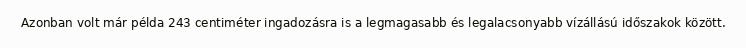
Azonban volt már példa 243 centiméter ingadozásra is a legmagasabb és legalacsonyabb vízállású időszakok között.